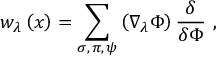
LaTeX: w _ { \lambda } \left( x \right) = \sum _ { \sigma , \, \pi , \, \psi } \left( \nabla _ { \lambda } \Phi \right) \frac \delta { \delta \Phi } \, \, ,